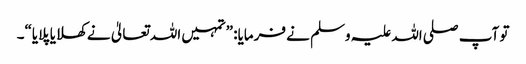
تو آپ صلی اللہ علیہ وسلم نے فرمایا: ”تمہیں اللہ تعالیٰ نے کھلایا پلایا“۔